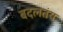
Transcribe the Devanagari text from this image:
बदलतंय